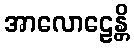
အာလောဠေန္တိ